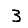
Digit: 3